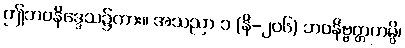
ဤဘဝနိဒ္ဒေသ၌ကား။ အသညာ ၁ (နိ-၂၀၆) ဘဝနိဗ္ဗတ္တကမ္ပိ၊